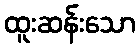
ထူးဆန်းသော